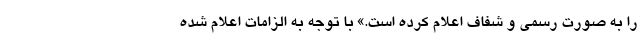
را به صورت رسمی و شفاف اعلام کرده است.» با توجه به الزامات اعلام شده